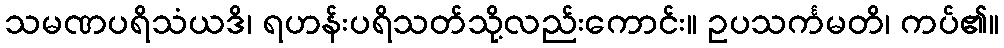
သမဏပရိသံယဒိ၊ ရဟန်းပရိသတ်သို့လည်းကောင်း။ ဥပသင်္ကမတိ၊ ကပ်၏။